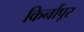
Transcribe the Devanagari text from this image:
किर्नापूर